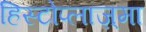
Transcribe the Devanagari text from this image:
हिस्टोप्लाज़्मा